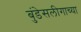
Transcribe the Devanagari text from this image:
बुंडेसलीगाच्या